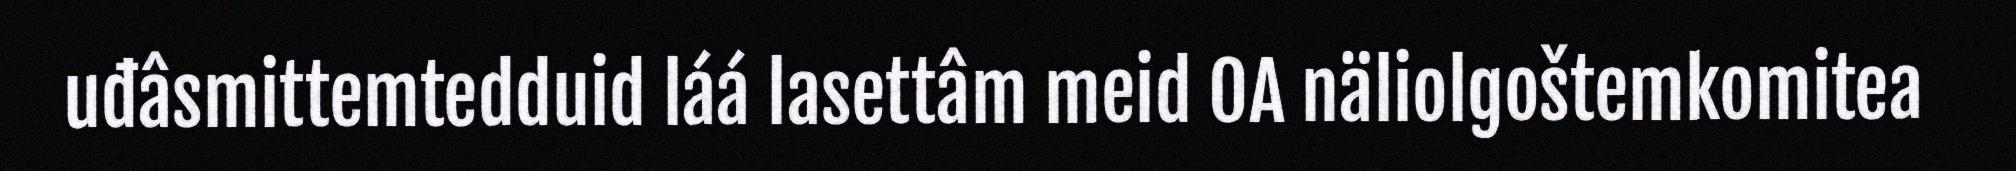
uđâsmittemtedduid láá lasettâm meid OA näliolgoštemkomitea